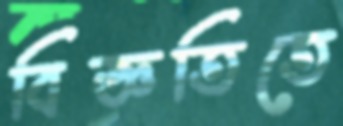
বিজ্ঞতিতে